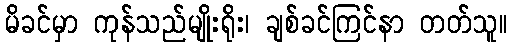
မိခင်မှာ ကုန်သည်မျိုးရိုး၊ ချစ်ခင်ကြင်နာ တတ်သူ။